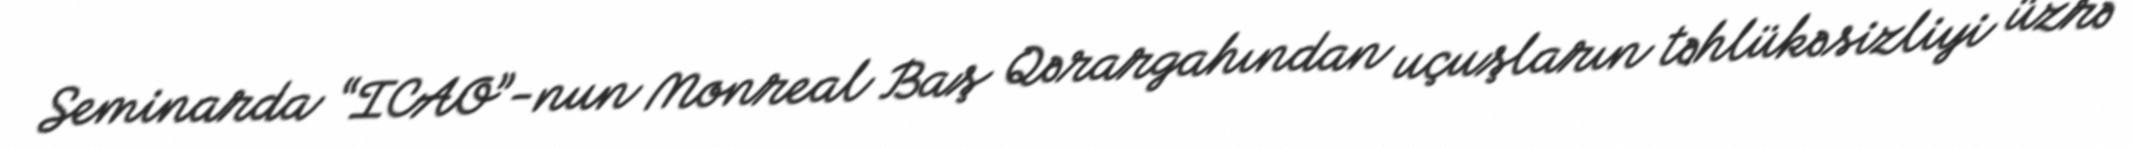
Seminarda “ICAO”-nun Monreal Baş Qərargahından uçuşların təhlükəsizliyi üzrə